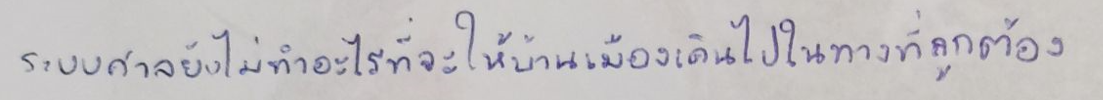
ระบบศาลยังไม่ทำอะไรที่จะให้บ้านเมืองเดินไปในทางที่ถูกต้อง